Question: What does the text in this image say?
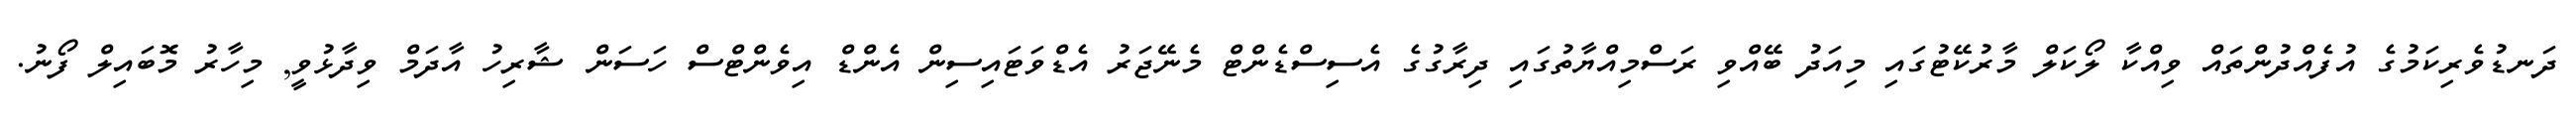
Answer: ދަނޑުވެރިކަމުގެ އުފެއްދުންތައް ވިއްކާ ލޯކަލް މާރުކޭޓުގައި މިއަދު ބޭއްވި ރަސްމިއްޔާތުގައި ދިރާގުގެ އެސިސްޑެންޓް މެނޭޖަރު އެޑްވަޓައިސިން އެންޑް އިވެންޓްސް ހަސަން ޝާރިހު އާދަމް ވިދާޅުވީ, މިހާރު މޮބައިލް ފޯނު.